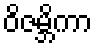
ဝိဇမ္ဘိကာ